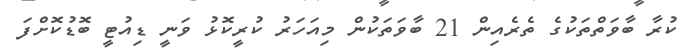
ކުރާ ބާވަތްތަކުގެ ތެރެއިން 21 ބާވަތަކުން މިއަހަރު ކުރީކޮޅު ވަނީ ޑިއުޓީ ބޮޑުކޮށްފަ